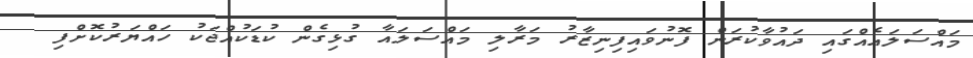
މައްސަލައެއްގައި ދައުވާކުރަން ފޮނުވައިފިނިޒާރު މަރާލި މައްސަލައާ ގުޅިގެން ކުޑަކުއްޖަކު ހައްޔަރުކޮށްފި